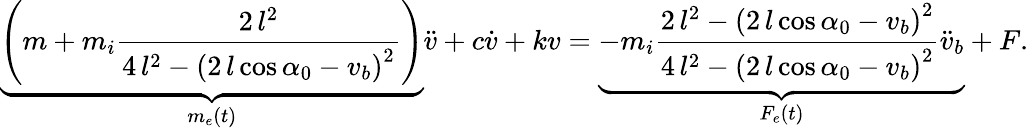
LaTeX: \underbrace{\left(m+m_{i}\frac{2\, l^{2}}{4\, l^{2}-{\left(2\, l\cos{\alpha_{0}}-v_{b}\right)}^{2}}\right)}_{m_{e}(t)}\ddot{v}+c\dot{v}+kv=\underbrace{-m_{i}\frac{2\, l^{2}-\left(2\, l\cos{\alpha_{0}}-v_{b}\right)^{2}}{4\, l^{2}-{\left(2\, l\cos{\alpha_{0}}-v_{b}\right)}^{2}}\ddot{v}_{b}}_{F_{e}(t)}+F.